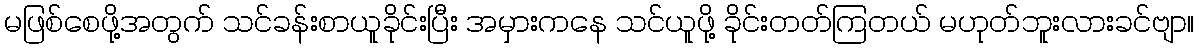
မဖြစ်စေဖို့အတွက် သင်ခန်းစာယူခိုင်းပြီး အမှားကနေ သင်ယူဖို့ ခိုင်းတတ်ကြတယ် မဟုတ်ဘူးလားခင်ဗျာ။